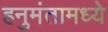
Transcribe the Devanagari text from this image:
हनुमंतामध्ये